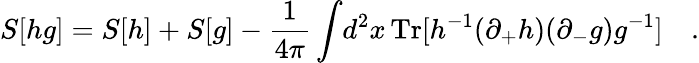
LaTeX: S[hg]=S[h]+S[g]-\frac{1}{4\pi}\int\! d^{2}x\, \mathrm{Tr}[h^{-1}(\partial_{+}h)(\partial_{-}g)g^{-1}]\quad.